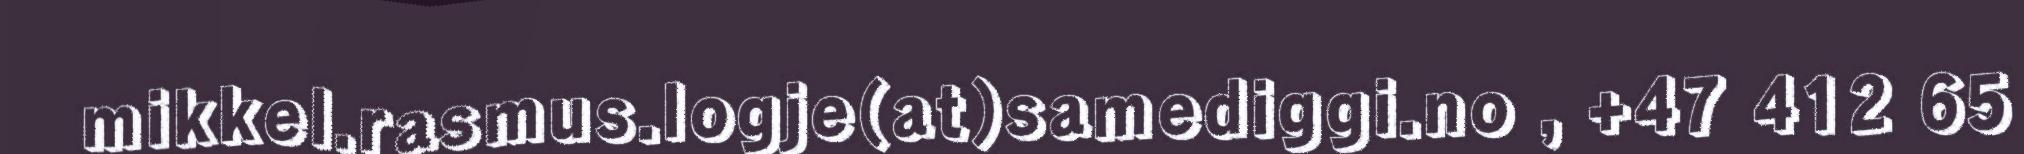
mikkel.rasmus.logje(at)samediggi.no , +47 412 65